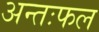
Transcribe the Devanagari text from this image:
अन्तःफल